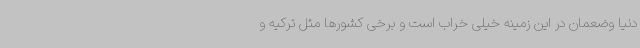
دنیا وضعمان در این زمینه خیلی خراب است و برخی کشورها مثل ترکیه و